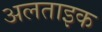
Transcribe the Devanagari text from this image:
अलताइक